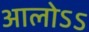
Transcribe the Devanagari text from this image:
आलोऽऽ